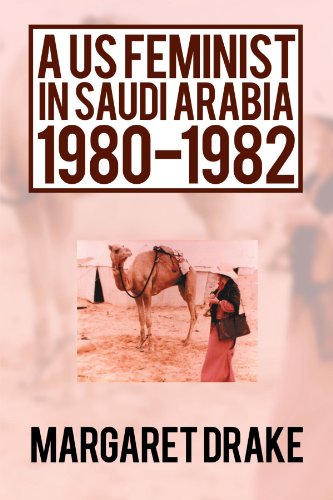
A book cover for A US Feminist in Saudi Arabia; Margaret Drake; Travel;